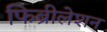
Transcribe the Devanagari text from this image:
फिब्रीलेशन